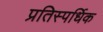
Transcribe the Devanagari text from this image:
प्रतिस्पर्धिक